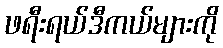
ဖရီးရယ်ဒီကယ်များကို